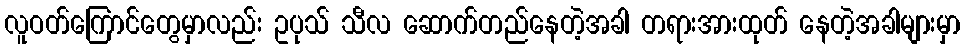
လူဝတ်ကြောင်တွေမှာလည်း ဥပုသ် သီလ ဆောက်တည်နေတဲ့အခါ တရားအားထုတ် နေတဲ့အခါများမှာ